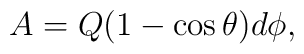
A  = Q (1 -\cos \theta)d\phi,